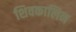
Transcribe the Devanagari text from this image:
शिवकालिन